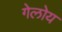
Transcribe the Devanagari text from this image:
गेलोय